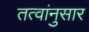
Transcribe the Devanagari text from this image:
तत्वांनुसार